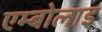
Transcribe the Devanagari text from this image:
एम्बोलाइ